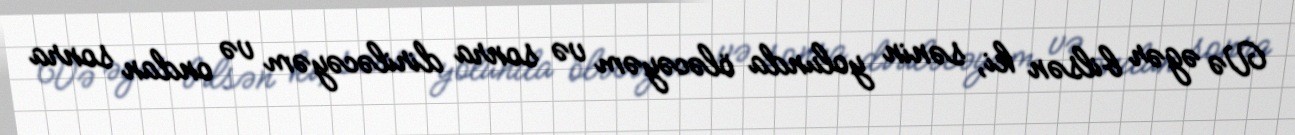
Və əgər bilsən ki, sənin yolunda öləcəyəm və sonra diriləcəyəm və ondan sonra